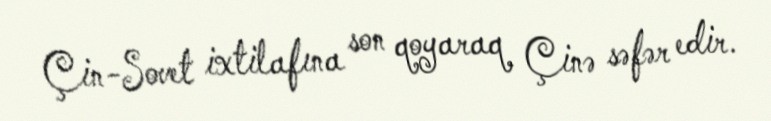
Çin-Sovet ixtilafına son qoyaraq Çinə səfər edir.